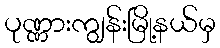
ပုဏ္ဏားကျွန်းမြို့နယ်မှ